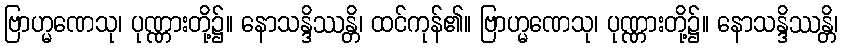
ဗြာဟ္မဏေသု၊ ပုဏ္ဏားတို့၌။ နောသန္ဒိဿန္တိ၊ ထင်ကုန်၏။ ဗြာဟ္မဏေသု၊ ပုဏ္ဏားတို့၌။ နောသန္ဒိဿန္တိ၊